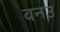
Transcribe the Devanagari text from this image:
वनउ